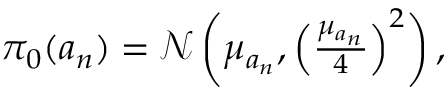
\begin{array} { r } { \pi _ { 0 } ( a _ { n } ) = \mathcal { N } \left( \mu _ { a _ { n } } , \left( \frac { \mu _ { a _ { n } } } { 4 } \right) ^ { 2 } \right) , } \end{array}